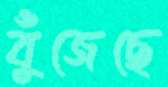
বুঁজেছে